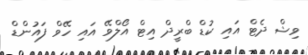
ވިޝް ދެޓް އަައި ކުޑް ބްރީދް އިޓް އޯލްވޭ އައި ހޭވް ފައުންޑް